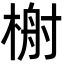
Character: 𬃢